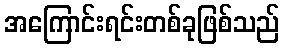
အကြောင်းရင်းတစ်ခုဖြစ်သည်